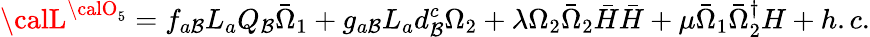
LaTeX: {\calL}^{{\calO}_{5}}=f_{a\mathcal{B}}L_{a}Q_{\mathcal{B}}{\bar{{\Omega}}}_{1}+g_{a\mathcal{B}}L_{a}d_{\mathcal{B}}^{c}\Omega_{2}+\lambda\Omega_{2}{\bar{{\Omega}}}_{2}{\bar{{H}}}{\bar{{H}}}+\mu{\bar{{\Omega}}}_{1}{\bar{{\Omega}}}_{2}^{\dagger}H+h.c.